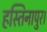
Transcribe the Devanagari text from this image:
हस्तिनापुर।